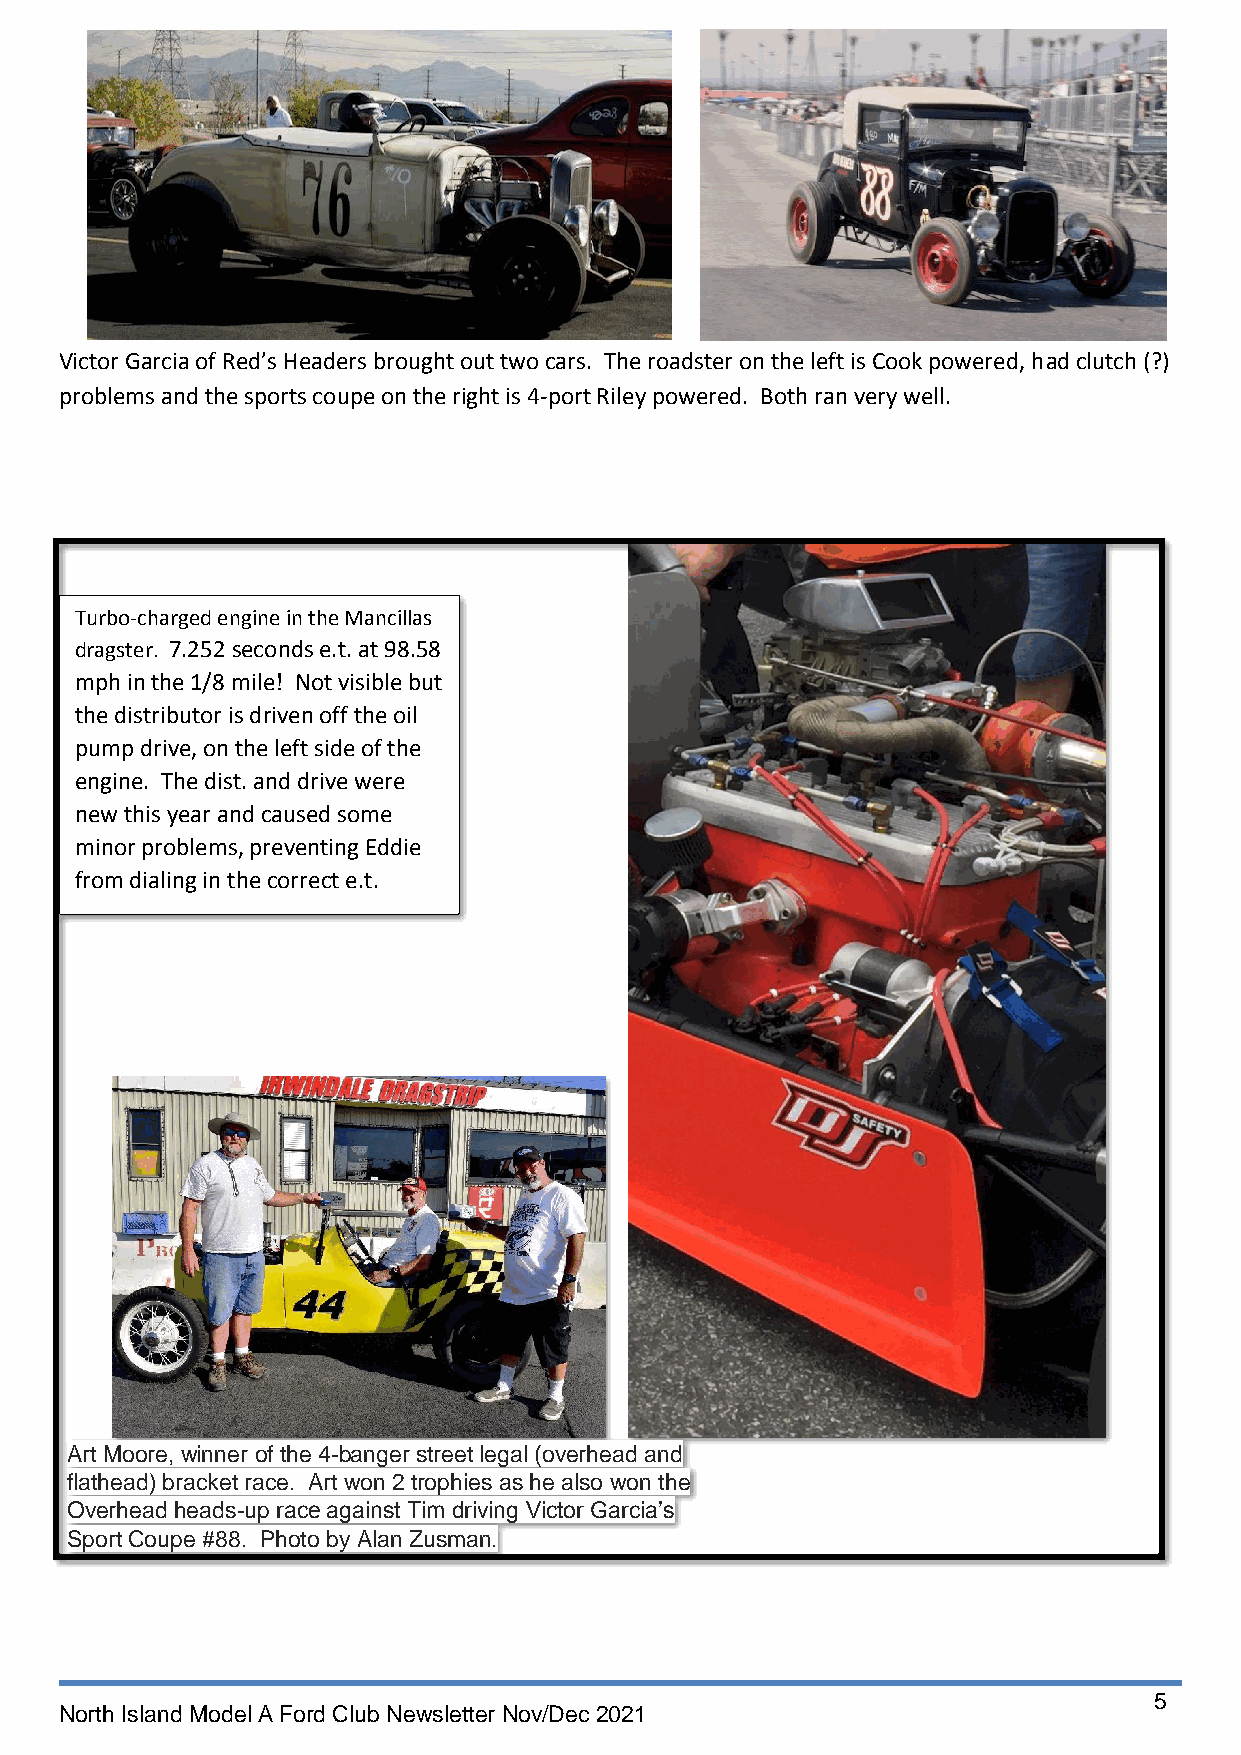
Victor Garcia of Red’s Headers brought out two cars. The roadster on the left is Cook powered, had clutch (?)
 problems and the sports coupe on the right is 4-port Riley powered. Both ran very well.
 Turbo-charged engine in the Mancillas
 dragster. 7.252 seconds e.t. at 98.58
 mph in the 1/8 mile! Not visible but
 the distributor is driven off the oil
 pump drive, on the left side of the
 engine. The dist. and drive were
 new this year and caused some
 minor problems, preventing Eddie
 from dialing in the correct e.t.
 Art Moore, winner of the 4-banger street legal (overhead and
 flathead) bracket race. Art won 2 trophies as he also won the
 Overhead heads-up race against Tim driving Victor Garcia’s
 Sport Coupe #88. Photo by Alan Zusman.
 5
 North Island Model A Ford Club Newsletter Nov/Dec 2021